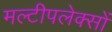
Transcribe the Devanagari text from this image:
मल्टीपलेक्सों